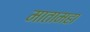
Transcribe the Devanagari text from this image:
मातामहा